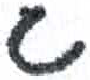
אות: ג